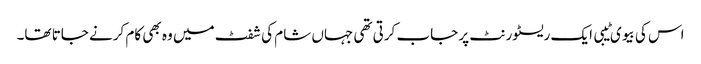
اس کی بیوی ٹیبی ایک ریسٹورنٹ پر جاب کرتی تھی جہاں شام کی شفٹ میں وہ بھی کام کرنے جاتا تھا۔